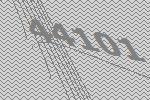
44101